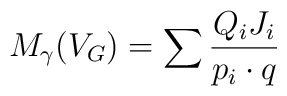
M_{\gamma}(V_G) = \sum \frac{Q_i J_i}{p_i\cdot q}